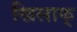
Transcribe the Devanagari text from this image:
खिलाफ्